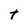
Character: t